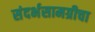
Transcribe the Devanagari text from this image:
संदर्भसामग्रीचा